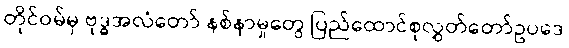
တိုင်ဝမ်မှ ဗုဒ္ဓအလံတော် နစ်နာမှုတွေ ပြည်ထောင်စုလွှတ်တော်ဥပဒေ